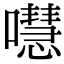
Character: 嚖